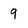
Character: 9